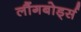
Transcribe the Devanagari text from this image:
लौंगबोर्ड्स